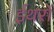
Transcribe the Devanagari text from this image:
ईथरों